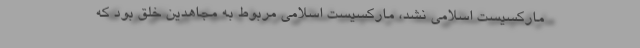
ماركسیست اسلامی نشد، ماركسیست اسلامی مربوط به مجاهدین خلق بود كه